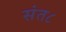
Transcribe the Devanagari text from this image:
संत८